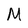
Character: M